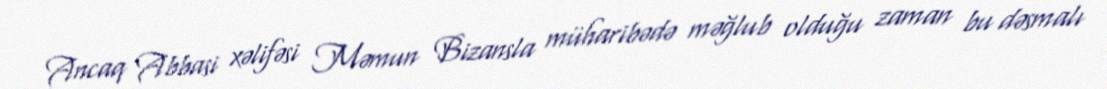
Ancaq Abbasi xəlifəsi Məmun Bizansla müharibədə məğlub olduğu zaman bu dəsmalı